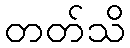
တတ်သိ